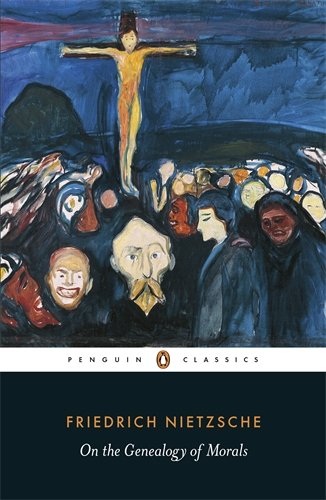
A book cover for On the Genealogy of Morals (Penguin Classics); Friedrich Nietzsche; Politics & Social Sciences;